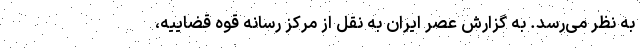
به نظر می‌رسد. به گزارش عصر ایران به نقل از مرکز رسانه قوه قضاییه،